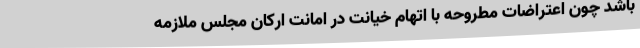
باشد چون اعتراضات مطروحه با اتهام خیانت در امانت ارکان مجلس ملازمه